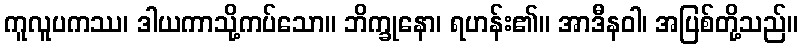
ကူလူပကဿ၊ ဒါယကာသို့ကပ်သော။ ဘိက္ခုနော၊ ရဟန်း၏။ အာဒီနဝါ၊ အပြစ်တို့သည်။